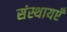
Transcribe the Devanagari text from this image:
संस्थायएँ